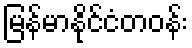
မြန်မာနိုင်ငံတဝန်း